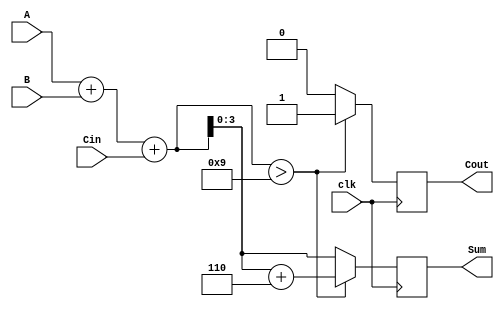
module BCD_Synchronous_Adder (
    input  wire [3:0] A,     // First BCD input
    input  wire [3:0] B,     // Second BCD input
    input  wire clk,         // Clock signal
    input  wire Cin,         // Carry input for multi-digit addition
    output reg  [3:0] Sum,   // BCD output sum
    output reg  Cout         // Carry output
);

    reg [4:0] S;            // 5-bit sum to accommodate potential carry

    always @(posedge clk) begin
        // Binary addition of A and B with carry input
        S = A + B + Cin; // Add A, B and Cin

        // Check for BCD correction
        if (S > 5'd9) begin
            S = S + 5'd6;  // If result is greater than 9, apply correction
            Cout = 1;      // Set carry out
        end else begin
            Cout = 0;      // No carry out
        end
        
        // Assign the lower 4 bits to the BCD output
        Sum = S[3:0];
    end

endmodule